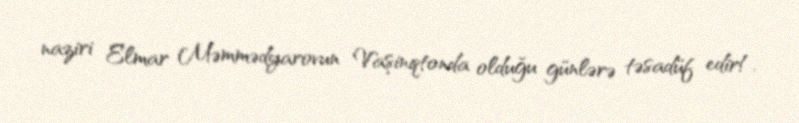
naziri Elmar Məmmədyarovun Vaşinqtonda olduğu günlərə təsadüf edir!.